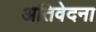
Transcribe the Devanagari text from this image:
अतिवेदना